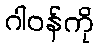
ဂါဝန်ကို